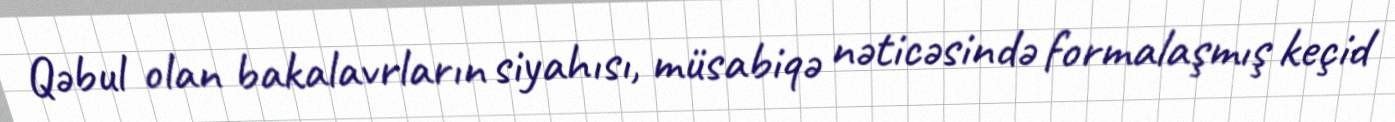
Qəbul olan bakalavrların siyahısı, müsabiqə nəticəsində formalaşmış keçid